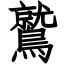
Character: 鷲